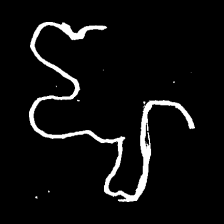
Pyu character \u2014 Myanmar letter: ဈ (romanized: jha)